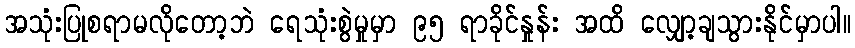
အသုံးပြုစရာမလိုတော့ဘဲ ရေသုံးစွဲမှုမှာ ၉၅ ရာခိုင်နှုန်း အထိ လျှော့ချသွားနိုင်မှာပါ။